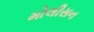
મોલીસન